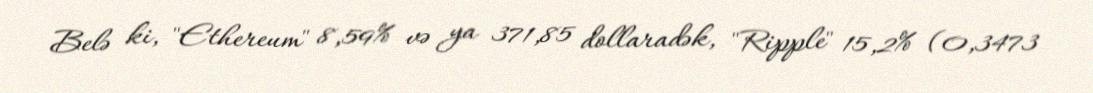
Belə ki, "Ethereum" 8,59% və ya 371,85 dollaradək, "Ripple" 15,2% (0,3473